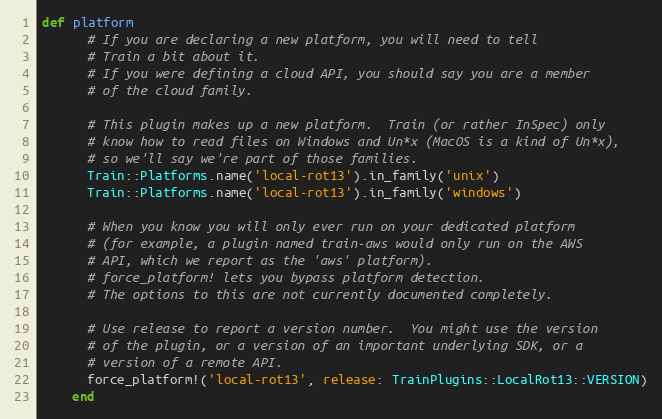
Language: Ruby
def platform
      # If you are declaring a new platform, you will need to tell
      # Train a bit about it.
      # If you were defining a cloud API, you should say you are a member
      # of the cloud family.

      # This plugin makes up a new platform.  Train (or rather InSpec) only
      # know how to read files on Windows and Un*x (MacOS is a kind of Un*x),
      # so we'll say we're part of those families.
      Train::Platforms.name('local-rot13').in_family('unix')
      Train::Platforms.name('local-rot13').in_family('windows')

      # When you know you will only ever run on your dedicated platform
      # (for example, a plugin named train-aws would only run on the AWS
      # API, which we report as the 'aws' platform).
      # force_platform! lets you bypass platform detection.
      # The options to this are not currently documented completely.

      # Use release to report a version number.  You might use the version
      # of the plugin, or a version of an important underlying SDK, or a
      # version of a remote API.
      force_platform!('local-rot13', release: TrainPlugins::LocalRot13::VERSION)
    end